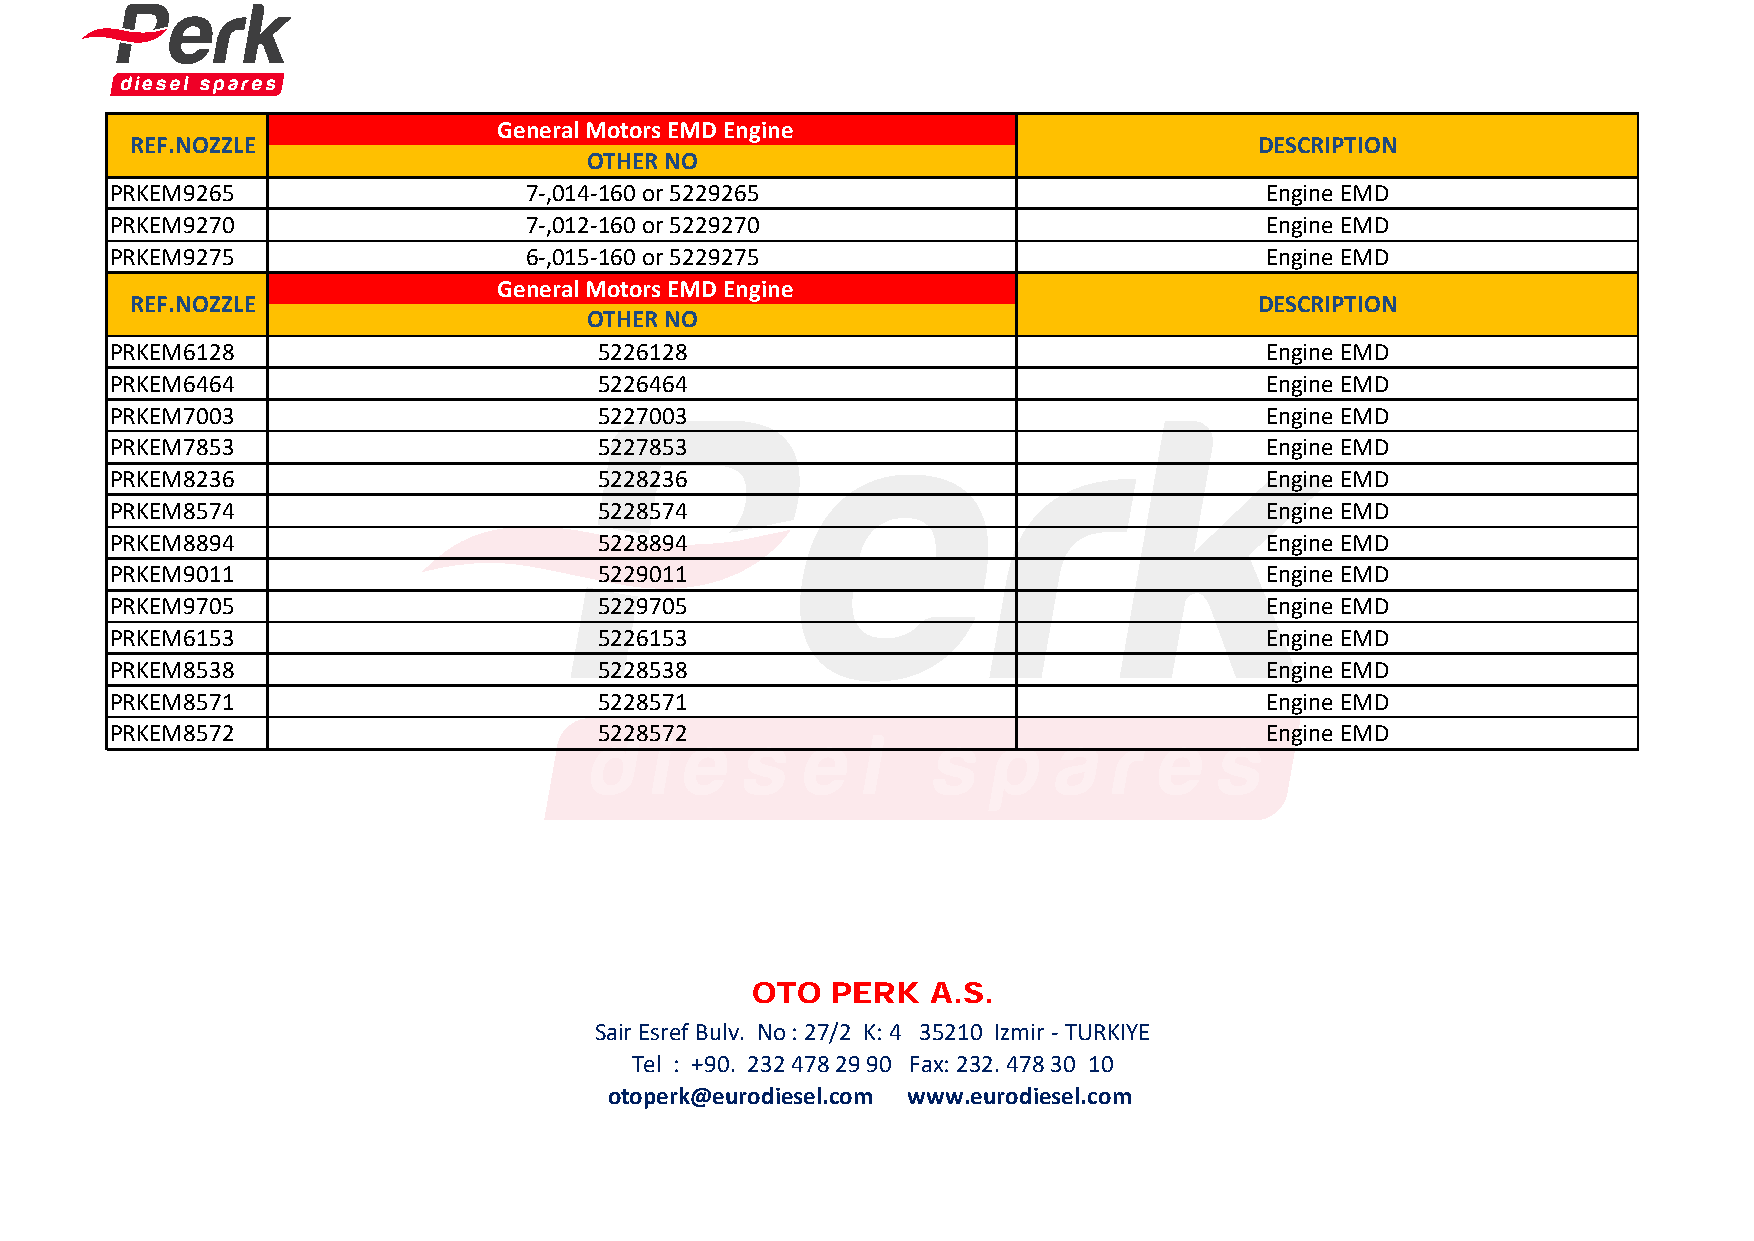
General Motors EMD Engine
 REF.NOZZLE                                                                 DESCRIPTION
 OTHER NO
 PRKEM9265                   7-,014-160 or 5229265                            Engine EMD
 PRKEM9270                   7-,012-160 or 5229270                            Engine EMD
 PRKEM9275                   6-,015-160 or 5229275                            Engine EMD
 General Motors EMD Engine
 REF.NOZZLE                                                                 DESCRIPTION
 OTHER NO
 PRKEM6128                       5226128                                      Engine EMD
 PRKEM6464                       5226464                                      Engine EMD
 PRKEM7003                       5227003                                      Engine EMD
 PRKEM7853                       5227853                                      Engine EMD
 PRKEM8236                       5228236                                      Engine EMD
 PRKEM8574                       5228574                                      Engine EMD
 PRKEM8894                       5228894                                      Engine EMD
 PRKEM9011                       5229011                                      Engine EMD
 PRKEM9705                       5229705                                      Engine EMD
 PRKEM6153                       5226153                                      Engine EMD
 PRKEM8538                       5228538                                      Engine EMD
 PRKEM8571                       5228571                                      Engine EMD
 PRKEM8572                       5228572                                      Engine EMD
 OTO  PERK  A.S.
 Sair Esref Bulv. No : 27/2 K: 4 35210 Izmir - TURKIYE
 Tel : +90. 232 478 29 90 Fax: 232. 478 30 10
 otoperk@eurodiesel.com www.eurodiesel.com